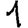
Digit: 1